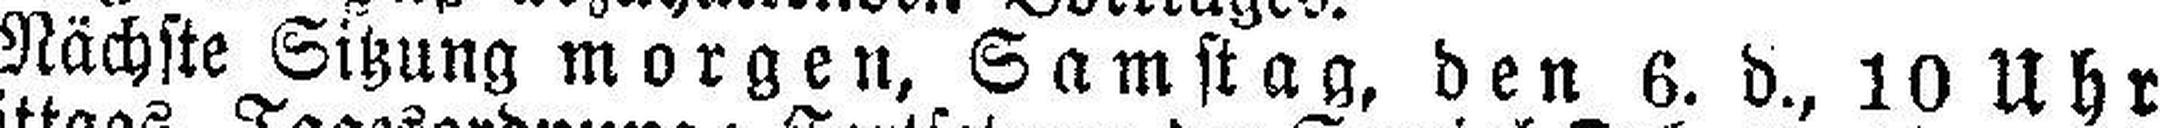
Nächste Sitzung morgen, Samstag, den 6. d., 10 Uhr